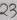
Text: 23